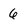
Character: 6